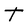
Character: t